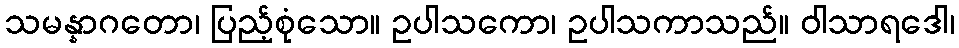
သမန္နာဂတော၊ ပြည့်စုံသော။ ဥပါသကော၊ ဥပါသကာသည်။ ဝါသာရဒေါ၊